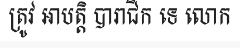
ត្រូវ អាបត្តិ បារាជិក ទេ លោក